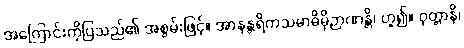
အကြောင်းကိုပြသည်၏ အစွမ်းဖြင့်။ အာနန္တရိကသမာဓိမှိဉာဏန္တိ၊ ဟူ၍။ ဝုတ္တာနိ၊